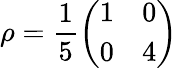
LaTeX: \rho=\frac{1}{5}\left(\begin{array}{cc}{{1}}&{{0}}\\ {{0}}&{{4}}\end{array}\right)